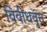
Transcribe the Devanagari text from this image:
विवीधवृत्त